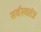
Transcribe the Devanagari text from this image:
सर्वस्वतंत्र